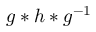
g * h * g ^ { - 1 }